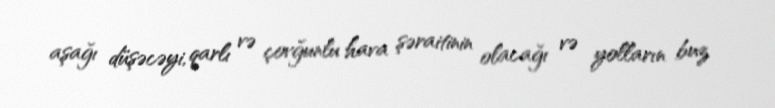
aşağı düşəcəyi, qarlı və çovğunlu hava şəraitinin olacağı və yolların buz